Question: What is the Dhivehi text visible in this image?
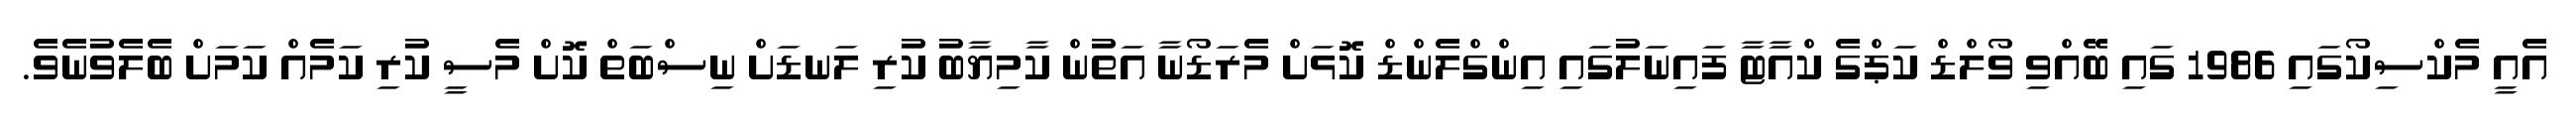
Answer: އެއީ މެކްސިކޯގައި 1986 ގައި ބޭއްވި ވޯލްޑް ކަޕްގެ ކްއާޓާ ފައިނަލުގައި އިންގްލެންޑް ކޮޅަށް މެރަޑޯނާ އަތުން ކާމިޔާބު ކުރި ލަނޑަށް ނިސްބަތް ކޮށް މެސީ ކުރި ކަމެއް ކަމަށް ބެލެވުނެވެ.